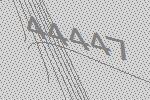
44447